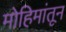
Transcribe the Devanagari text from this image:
मोहिमांतून